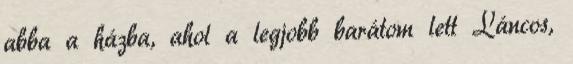
abba a házba, ahol a legjobb barátom lett Láncos,